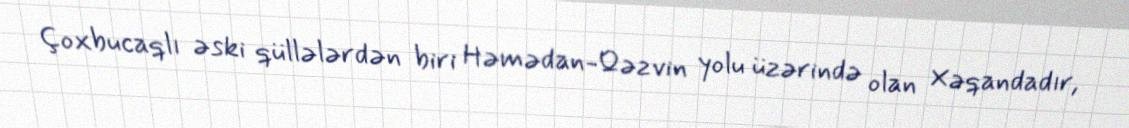
Çoxbucaqlı əski qüllələrdən biri Həmədan-Qəzvin yolu üzərində olan Xəqandadır,